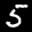
Label: 5